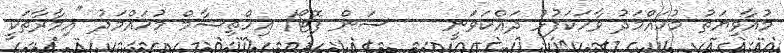
މުއާވިޔަތު މުހައްމަދު ވާހަކަފުޅު ދައްކަވަނީ --- ސަން ފޮޓޯ/ އިހްތިޝާމް މުހައްމަދު "އިމާރާތަކީ